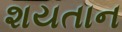
શયતાન